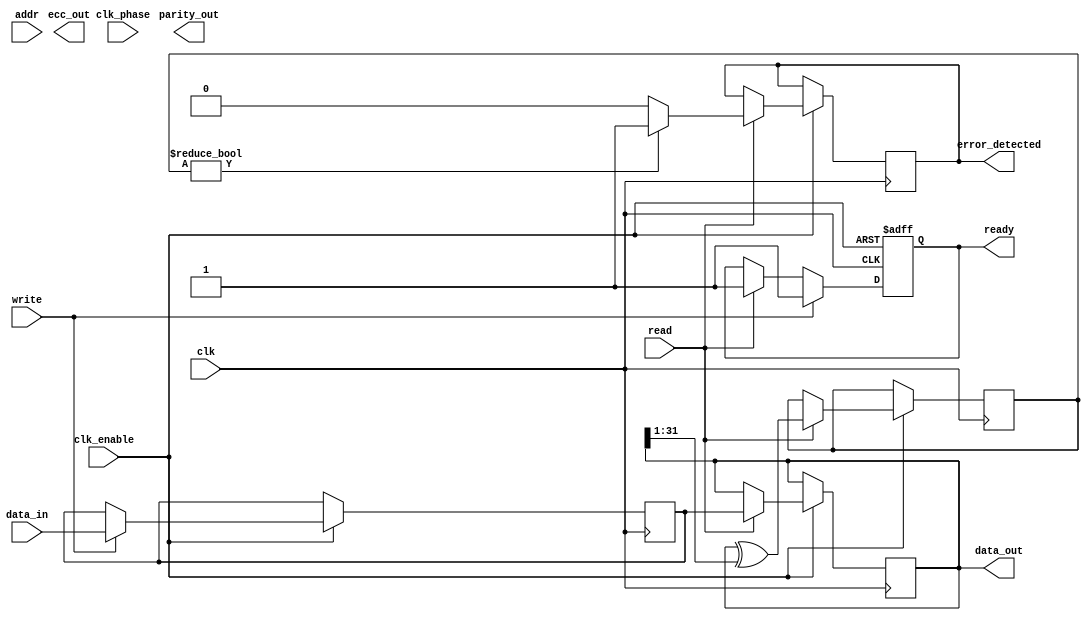
module gddr_io_block #(
    parameter DATA_WIDTH = 32,  // Supported data widths: 16, 32, 64 bits
    parameter ADDR_WIDTH = 12    // Address width for memory
)(
    input wire clk,                // Clock input
    input wire clk_enable,         // Clock enable signal
    input wire clk_phase,          // Phase adjustment signal
    input wire [ADDR_WIDTH-1:0] addr, // Address bus
    input wire [DATA_WIDTH-1:0] data_in, // Data input
    output reg [DATA_WIDTH-1:0] data_out, // Data output
    input wire read,               // Read control signal
    input wire write,              // Write control signal
    output reg error_detected,     // Error detection output
    output reg [DATA_WIDTH-1:0] ecc_out, // ECC output for data integrity
    output reg parity_out,         // Parity checking output
    output reg ready               // Ready signal for operation
);

// Internal signals
reg [DATA_WIDTH-1:0] data_buffer;
reg [DATA_WIDTH-1:0] ecc_buffer;
reg parity_buffer;

// Simple ECC and Parity Logic (example, not full implementation)
always @(posedge clk or negedge clk_enable) begin
    if (!clk_enable) begin
        ready <= 1'b0; // Not ready if clock is disabled
    end else begin
        // Read Operation
        if (read) begin
            // Simulate data output from memory
            data_out <= data_buffer; // Assuming data_buffer is filled elsewhere
            // ECC and parity calculations (simple example)
            ecc_buffer <= data_out ^ (data_out >> 1); // Simple ECC
            parity_buffer <= ^data_out; // Simple parity bit
            error_detected <= (ecc_buffer != 0) ? 1'b1 : 1'b0; // Error detection
            ready <= 1'b1; // Indicate ready
        end
        
        // Write Operation
        if (write) begin
            // Data Input to Buffer
            data_buffer <= data_in; // Assuming valid data is present
            // Here, you would typically write data_buffer to memory
            ready <= 1'b1; // Indicate ready
        end
    end
end

// Phase adjustment (if needed)
always @(posedge clk) begin
    if (clk_phase) begin
        // Adjust data output or handling based on clock phase
    end
end

endmodule